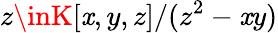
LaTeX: z\inK[\mathit{x},y,z]/(z^{2}-\mathit{x}y)